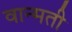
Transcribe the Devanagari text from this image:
वान्मती